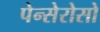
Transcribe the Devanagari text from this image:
पेन्सेरोसो